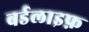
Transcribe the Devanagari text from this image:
बर्डलाइफ़